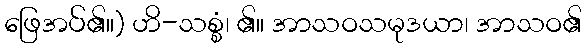
ဖြေအပ်၏။) ဟိ-သစ္စံ၊ ၏။ အာသဝသမုဒယာ၊ အာသဝ၏